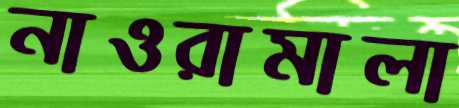
নাওরামালা